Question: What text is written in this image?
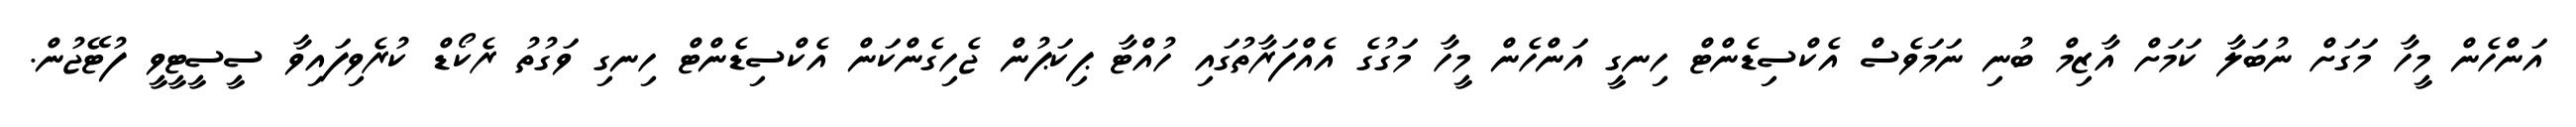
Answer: އަންހެން މީހާ މަގަށް ނުބަލާ ކަމަށް އާޒިމް ބުނި ނަމަވެސް އެކްސިޑެންޓް ހިނގީ އަންހެން މީހާ މަގުގެ އެއްފަރާތުގައި ހުއްޓާ ޕިކަޕުން ޖެހިގެންކަން އެކްސިޑެންޓް ހިނގި ވަގުތު ރެކޯޑް ކުރެވިފައިވާ ސީސީޓީވީ ފުޓޭޖުން.